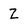
Character: Z